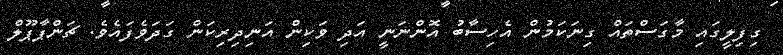
ގިފިލީގައި މާގަސްތައް ގިނަކަމުން އެހިސާބު އޮންނަނީ އަދި ވަކިން އަނިދިރިކަން ގަދަވެފައެވެ. ޗަންޕާޕޫލް